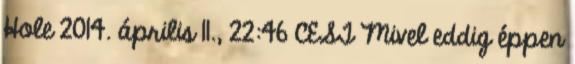
Hole 2014. április 11., 22:46 CEST Mivel eddig éppen